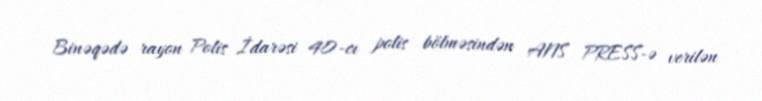
Binəqədə rayon Polis İdarəsi 40-cı polis bölməsindən ANS PRESS-ə verilən